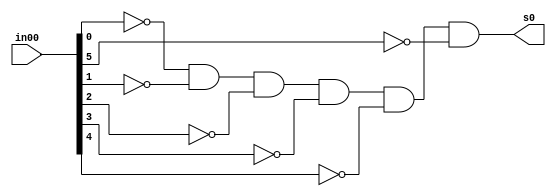
// ------------------------- 
// --GUIA 05
// --Nome: Lorena Danielle Gonalves Bento 
// --Matricula: 435049
// ------------------------- 

module exerc02 (output s0,input [5:0] in00);			 
	assign s0 = ~in00[0] & ~in00[1] & ~in00[2] & ~in00[3] & ~in00[4] & ~in00[5];
endmodule

module ver0(output s0, input[5:0] in00);			
	exerc02 gate_ver0(s0,in00);
endmodule

module half_adder (output s0, output s1,  input in00,  input in01); 
	and and1(s1,in00,in01);
	xor ixor1(s0,in00,in01);
endmodule 

module full_adder (output s0,  output s1,  input in00,  input in01,  input c_in); 
	wire half_adder1[0:1];
	wire half_adder2[0:1];
	half_adder porta1(half_adder1[1],half_adder1[0],in00,in01);
	half_adder porta2(half_adder2[1],half_adder2[0],half_adder1[1],c_in);

	assign s0 = half_adder2[1];
	
	or(s1,half_adder1[0],half_adder2[0]); 
endmodule 


module selecionar(output s0, output s1,input in00,input in01,input c_in,input selecionador);						
	wire XOR1;
	xor XOR_g(XOR1,in01,selecionador);
	full_adder Sum(s0,s1,in00,XOR1,c_in);	
endmodule



module exemplo0031(output[5:0] s0,  input[5:0] in00, input[5:0] in01, input selecionador);				 
      wire [5:0] w; 
      wire [5:0] z;      
      wire c, c2, c3,  c4,c5,c6;
					
		selecionar sum0(s0[0],c,in00[0],in01[0],selecionador,selecionador);
		selecionar sum1(s0[1],c2,in00[1],in01[1],c,selecionador);
		selecionar sum2(s0[2],c3,in00[2],in01[2],c2,selecionador);
		selecionar sum3(s0[3],c4,in00[3],in01[3],c3,selecionador);
		selecionar sum4(s0[4],c5,in00[4],in01[4],c4,selecionador);
		selecionar sum5(s0[5],c6,in00[5],in01[5],c5,selecionador);		
endmodule	


module test_ver0;
      reg[5:0] in00;
		reg[5:0] in01;
		reg c;
		wire w;		
		wire[5:0] z;	
		exemplo0031 somador(z,in00,in01,c);
		ver0 v1(w,z);

initial begin 
      	
		$display("Exemplo0032"); 
      $display("Nome: Lorena Danielle Gonalves Bento - 435049");

      in00=6'b010011;	in01=6'b000011; c=1'b0;	
		#1 $display("%b + %b = %b  %b",in00,in01,z,w);
		
		in00=6'b011011;	in01=6'b011011; c=1'b1;	
		#2 $display("%b - %b = %b  %b",in00,in01,z,w);

end 
 
endmodule